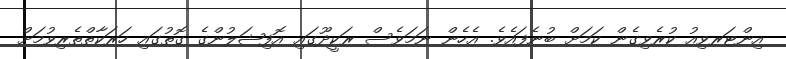
އިންޓަރވިއު ކުރެވިގެން ކަމަށް ބުނެފައެވެ. އެހެން ނަމަވެސް ރަކީދޫގައި އޮފިޝަލުންގެ ގޮތުގައި ހަރަކާތްތެރިވުމަށް